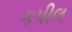
કપીલ